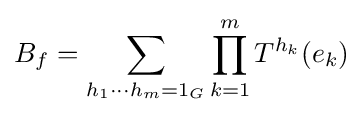
B_{f}=\sum _{h_{1}\cdots h_{m}=1_{G}}\prod _{k=1}^{m}T^{h_{k}}(e_{k})